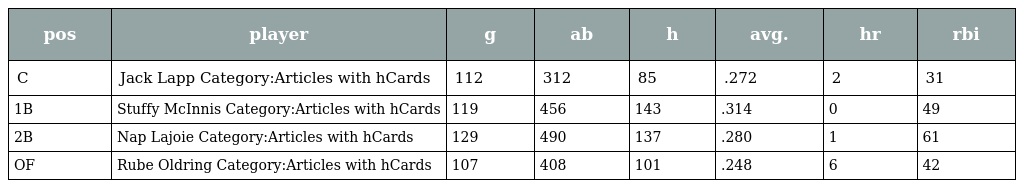
| pos | player | g | ab | h | avg. | hr | rbi |
 | --- | --- | --- | --- | --- | --- | --- | --- |
 | C | Jack Lapp Category:Articles with hCards | 112 | 312 | 85 | .272 | 2 | 31 |
 | 1B | Stuffy McInnis Category:Articles with hCards | 119 | 456 | 143 | .314 | 0 | 49 |
 | 2B | Nap Lajoie Category:Articles with hCards | 129 | 490 | 137 | .280 | 1 | 61 |
 | OF | Rube Oldring Category:Articles with hCards | 107 | 408 | 101 | .248 | 6 | 42 |